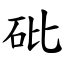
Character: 砒